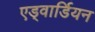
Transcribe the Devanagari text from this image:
एड्वार्डियन